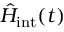
\hat { H } _ { \mathrm { i n t } } ( t )